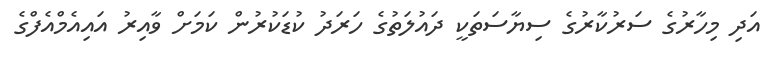
އަދި މިހާރުގެ ސަރުކާރުގެ ސިޔާސަތަކީ ދައުލަތުގެ ހަރަދު ކުޑަކުރުން ކަމަށް ވާއިރު އައިއެމްއެފްގެ